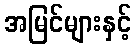
အမြင်များနှင့်